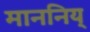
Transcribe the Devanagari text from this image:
माननिय्